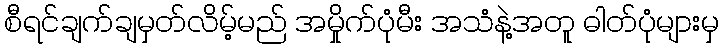
စီရင်ချက်ချမှတ်လိမ့်မည် အမှိုက်ပုံမီး အသံနဲ့အတူ ဓါတ်ပုံများမှ